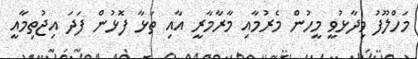
މަހްލޫފު ވިދާޅުވީ މީހުން މެރުމާއި މާރާމާރީ އާއި ތަޅާ ފޮޅުން ފަދަ އިޖުތިމާއީ